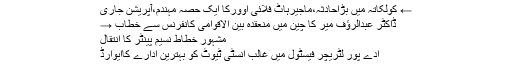
← کولکاتہ میں بڑاحادثہ،ماجیرہاٹ فلائی اوورکا ایک حصہ مہندم،آپریشن جاری
ڈاکٹر عبدالرؤف میر کا چین میں منعقدہ بین الاقوامی کانفرنس سے خطاب →
مشہور خطاط نسیم پینٹر کا انتقال
ادے پور لٹریچر فیسٹول میں غالب انسٹی ٹیوٹ کو بہترین ادارے کاایوارڈ